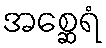
အစ္ဆေရံ